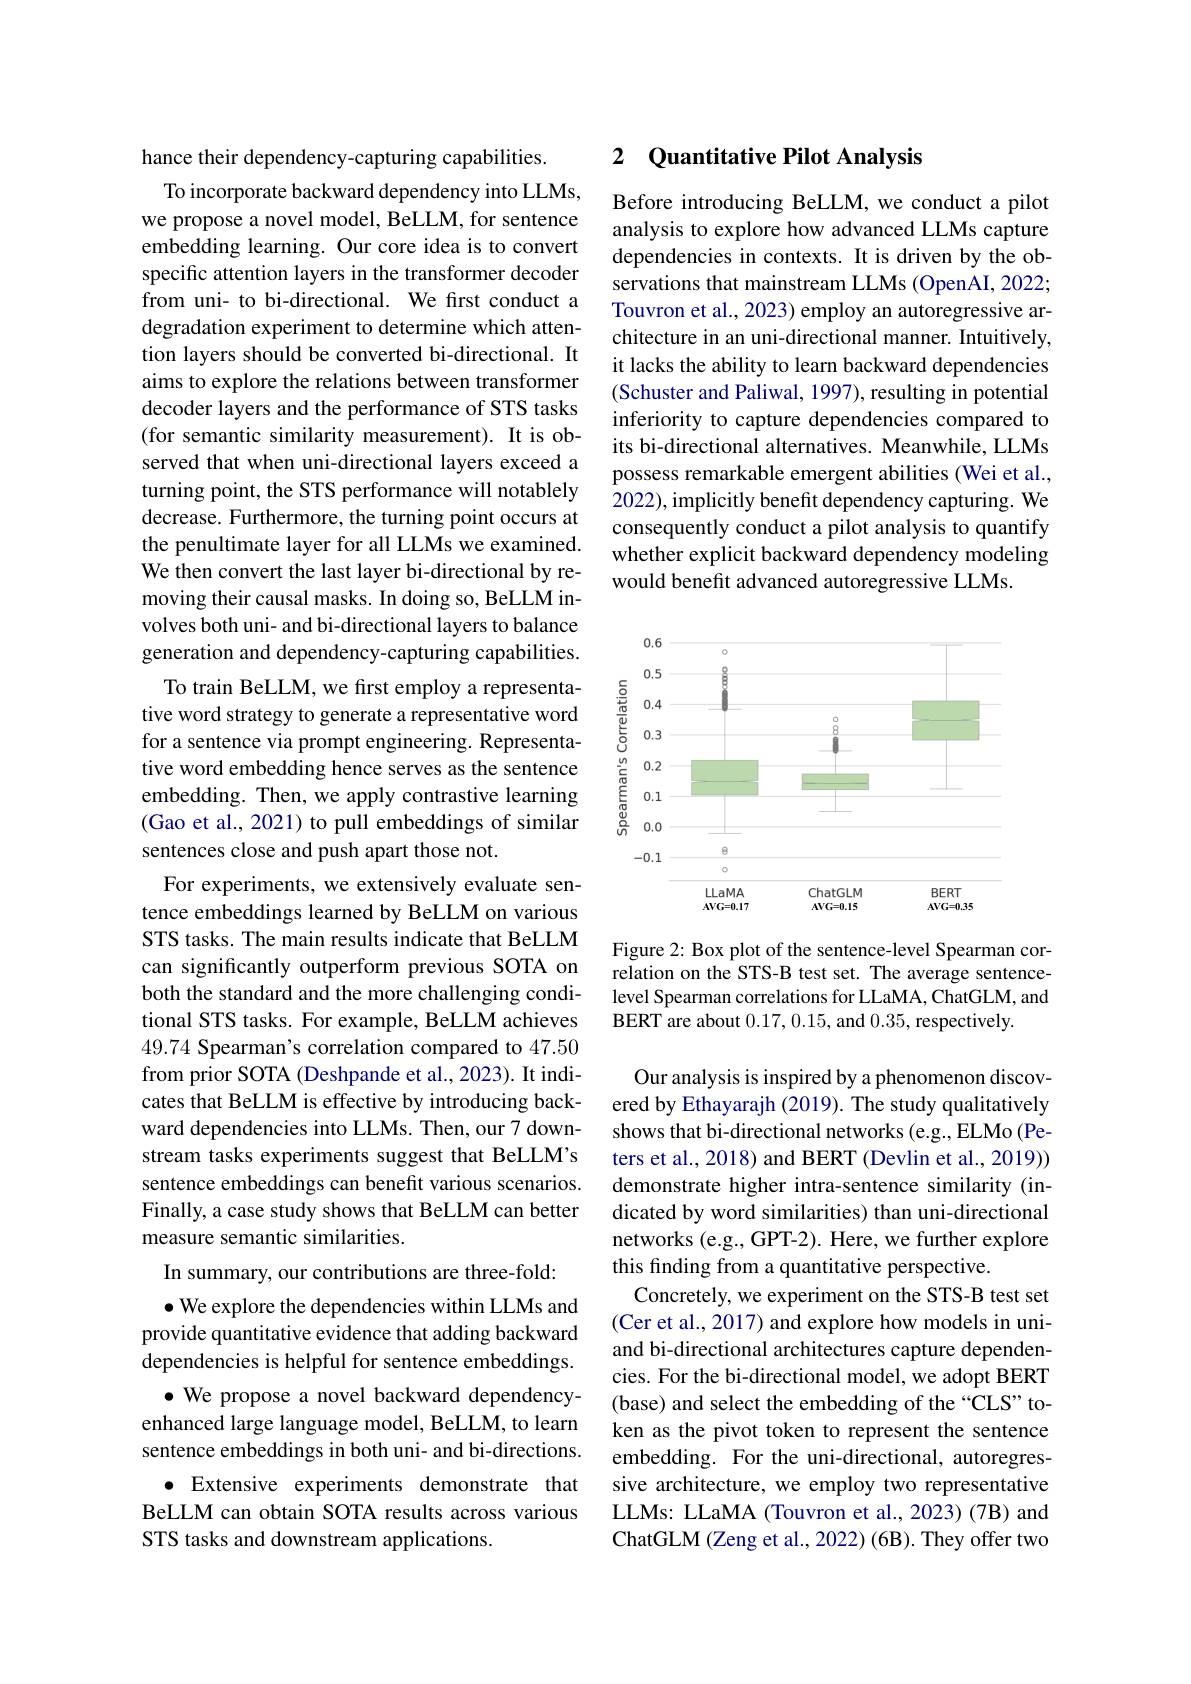
hance their dependency-capturing capabilities.
To incorporate backward dependency into LLMs, we propose a novel model, BeLLM, for sentence embedding learning. Our core idea is to convert specific attention layers in the transformer decoder from uni- to bi-directional. We first conduct a degradation experiment to determine which attention layers should be converted bi-directional. It aims to explore the relations between transformer decoder layers and the performance of STS tasks (for semantic similarity measurement). It is observed that when uni-directional layers exceed a turning point, the STS performance will notablely decrease. Furthermore, the turning point occurs at the penultimate layer for all LLMs we examined. We then convert the last layer bi-directional by removing their causal masks. In doing so, BeLLM involves both uni- and bi-directional layers to balance generation and dependency-capturing capabilities.
To train BeLLM, we first employ a representative word strategy to generate a representative word for a sentence via prompt engineering. Representative word embedding hence serves as the sentence embedding. Then, we apply contrastive learning (Gao et al., 2021) to pull embeddings of similar sentences close and push apart those not.
For experiments, we extensively evaluate sentence embeddings learned by BeLLM on various STS tasks. The main results indicate that BeLLM can significantly outperform previous SOTA on both the standard and the more challenging conditional STS tasks. For example, BeLLM achieves 49.74 Spearman's correlation compared to 47.50 from prior SOTA (Deshpande et al., 2023). It indicates that BeLLM is effective by introducing backward dependencies into LLMs. Then, our 7 downstream tasks experiments suggest that BeLLM's sentence embeddings can benefit various scenarios. Finally, a case study shows that BeLLM can better measure semantic similarities.
In summary, our contributions are three-fold:
$\bullet$ We explore the dependencies within LLMs and provide quantitative evidence that adding backward dependencies is helpful for sentence embeddings.
$\bullet$ We propose a novel backward dependencyenhanced large language model, BeLLM, to learn sentence embeddings in both uni- and bi-directions. · Extensive experiments demonstrate that BeLLM can obtain SOTA results across various STS tasks and downstream applications.

### 2 Quantitative Pilot Analysis

Before introducing BeLLM, we conduct a pilot analysis to explore how advanced LLMs capture dependencies in contexts. It is driven by the observations that mainstream LLMs (OpenAI, 2022; Touvron et al., 2023) employ an autoregressive architecture in an uni-directional manner. Intuitively, it lacks the ability to learn backward dependencies (Schuster and Paliwal, 1997), resulting in potential inferiority to capture dependencies compared to its bi-directional alternatives. Meanwhile, LLMs possess remarkable emergent abilities (Wei et al., 2022), implicitly benefit dependency capturing. We consequently conduct a pilot analysis to quantify whether explicit backward dependency modeling would benefit advanced autoregressive LLMs.

<FigureHere>

Figure 2: Box plot of the sentence-level Spearman correlation on the STS-B test set. The average sentencelevel Spearman correlations for LLaMA, ChatGLM, and BERT are about 0.17,0.15, and 0.35, respectively.

Our analysis is inspired by a phenomenon discovered by Ethayarajh (2019). The study qualitatively shows that bi-directional networks (e.g., ELMo (Peters et al., 2018) and BERT (Devlin et al., 2019)) demonstrate higher intra-sentence similarity (indicated by word similarities) than uni-directional networks (e.g., GPT-2). Here, we further explore this finding from a quantitative perspective.
Concretely, we experiment on the STS-B test set (Cer et al., 2017) and explore how models in uniand bi-directional architectures capture dependencies. For the bi-directional model, we adopt BERT (base) and select the embedding of the “CLS” token as the pivot token to represent the sentence embedding. For the uni-directional, autoregressive architecture, we employ two representative LLMs: LLaMA (Touvron et al., 2023) (7B) and ChatGLM (Zeng et al., 2022) (6B). They offer two